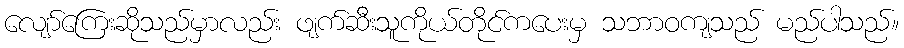
လျော်ကြေးဆိုသည်မှာလည်း ဖျက်ဆီးသူကိုယ်တိုင်ကပေးမှ သဘာဝကျသည် မည်ပါသည်။